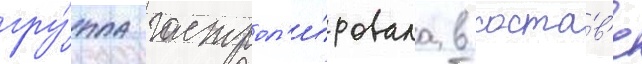
гру́ппа гастрол'и́ровала в соста́в'е